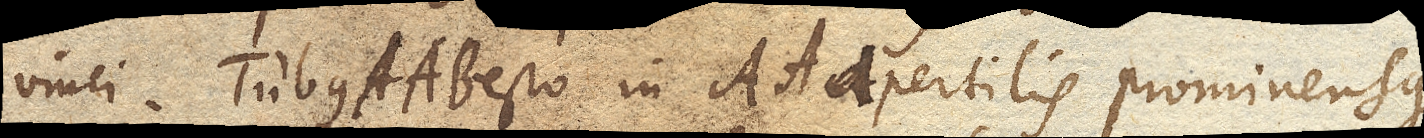
vinci. Tubus AAB. esto in AA. apertilis prominensque